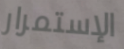
الإستمرار